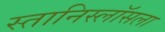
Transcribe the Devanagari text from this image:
स्तानिस्लॉसला